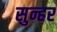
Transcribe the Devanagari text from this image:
सुन्हर